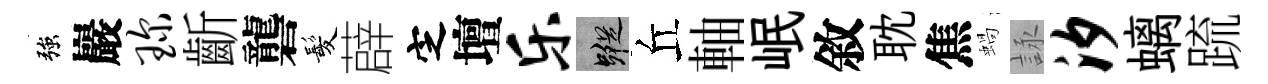
強巖琛齗礱髪薜㝎壇乐蹤丘軸岷敘耽焦蝸詠汐螭䟽